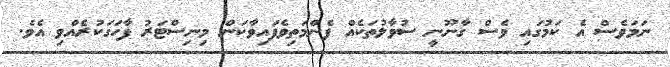
ނަމަވެސް އެ ކަމުގައި ވެސް ގާނޫނީ ސުވާލުތަކެއް ފެންމަތިވެފައިވާކަން މިނިސްޓަރު ފާހަގަކުރެއްވި އެވެ.